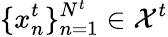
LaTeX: \{ x_{n}^{t}\} _{n=1}^{N^{t}}\in\mathcal{X}^{t}